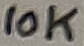
Text: 10K